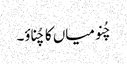
چُنو میاں کا چُناؤ۔